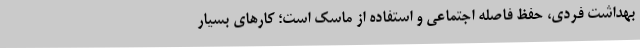
بهداشت فردی، حفظ فاصله اجتماعی و استفاده از ماسک است؛ کارهای بسیار